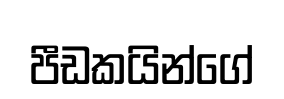
පීඩකයින්ගේ